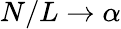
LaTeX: N/L\to\alpha